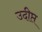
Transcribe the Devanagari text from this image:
उदीप्त